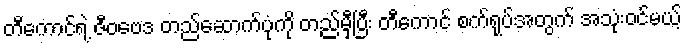
တီကောင်ရဲ့ ဇီဝဗေဒ တည်ဆောက်ပုံကို တည်မှီပြီး တီကောင် စက်ရုပ်အတွက် အသုံးဝင်မယ့်